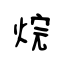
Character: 烷